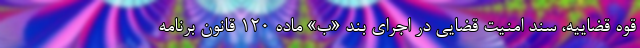
قوه قضاییه، سند امنیت قضایی در اجرای بند «ب» ماده ۱۲۰ قانون برنامه